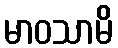
မာဝသာမိ